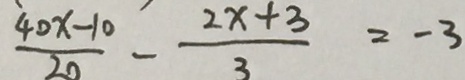
\frac { 4 0 x - 1 0 } { 2 0 } - \frac { 2 x + 3 } { 3 } = - 3